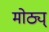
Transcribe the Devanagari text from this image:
मोठ्य्